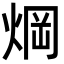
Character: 焵